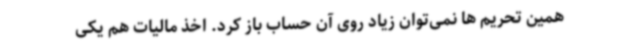
همین تحریم ها نمی‌توان زیاد روی آن حساب باز کرد. اخذ مالیات هم یکی